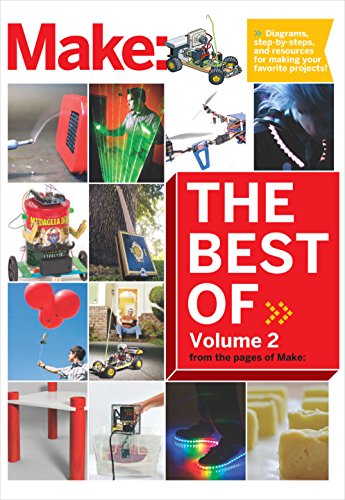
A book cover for Best of Make: Volume 2: 65 Projects and Skill Builders from the Pages of Make:; The Editors of Make:; Computers & Technology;